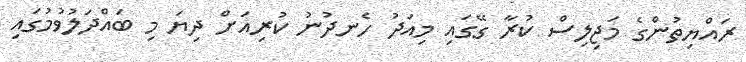
ރައްޔިތުންގެ މަޖިލިސް ކުރާ ގޭގައި މިއަދު ހެނދުނު ކުރިއަށް ދިޔަ މި ބައްދަލުވުމުގައި